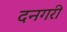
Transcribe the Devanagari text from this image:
दनगरी